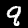
Label: 9